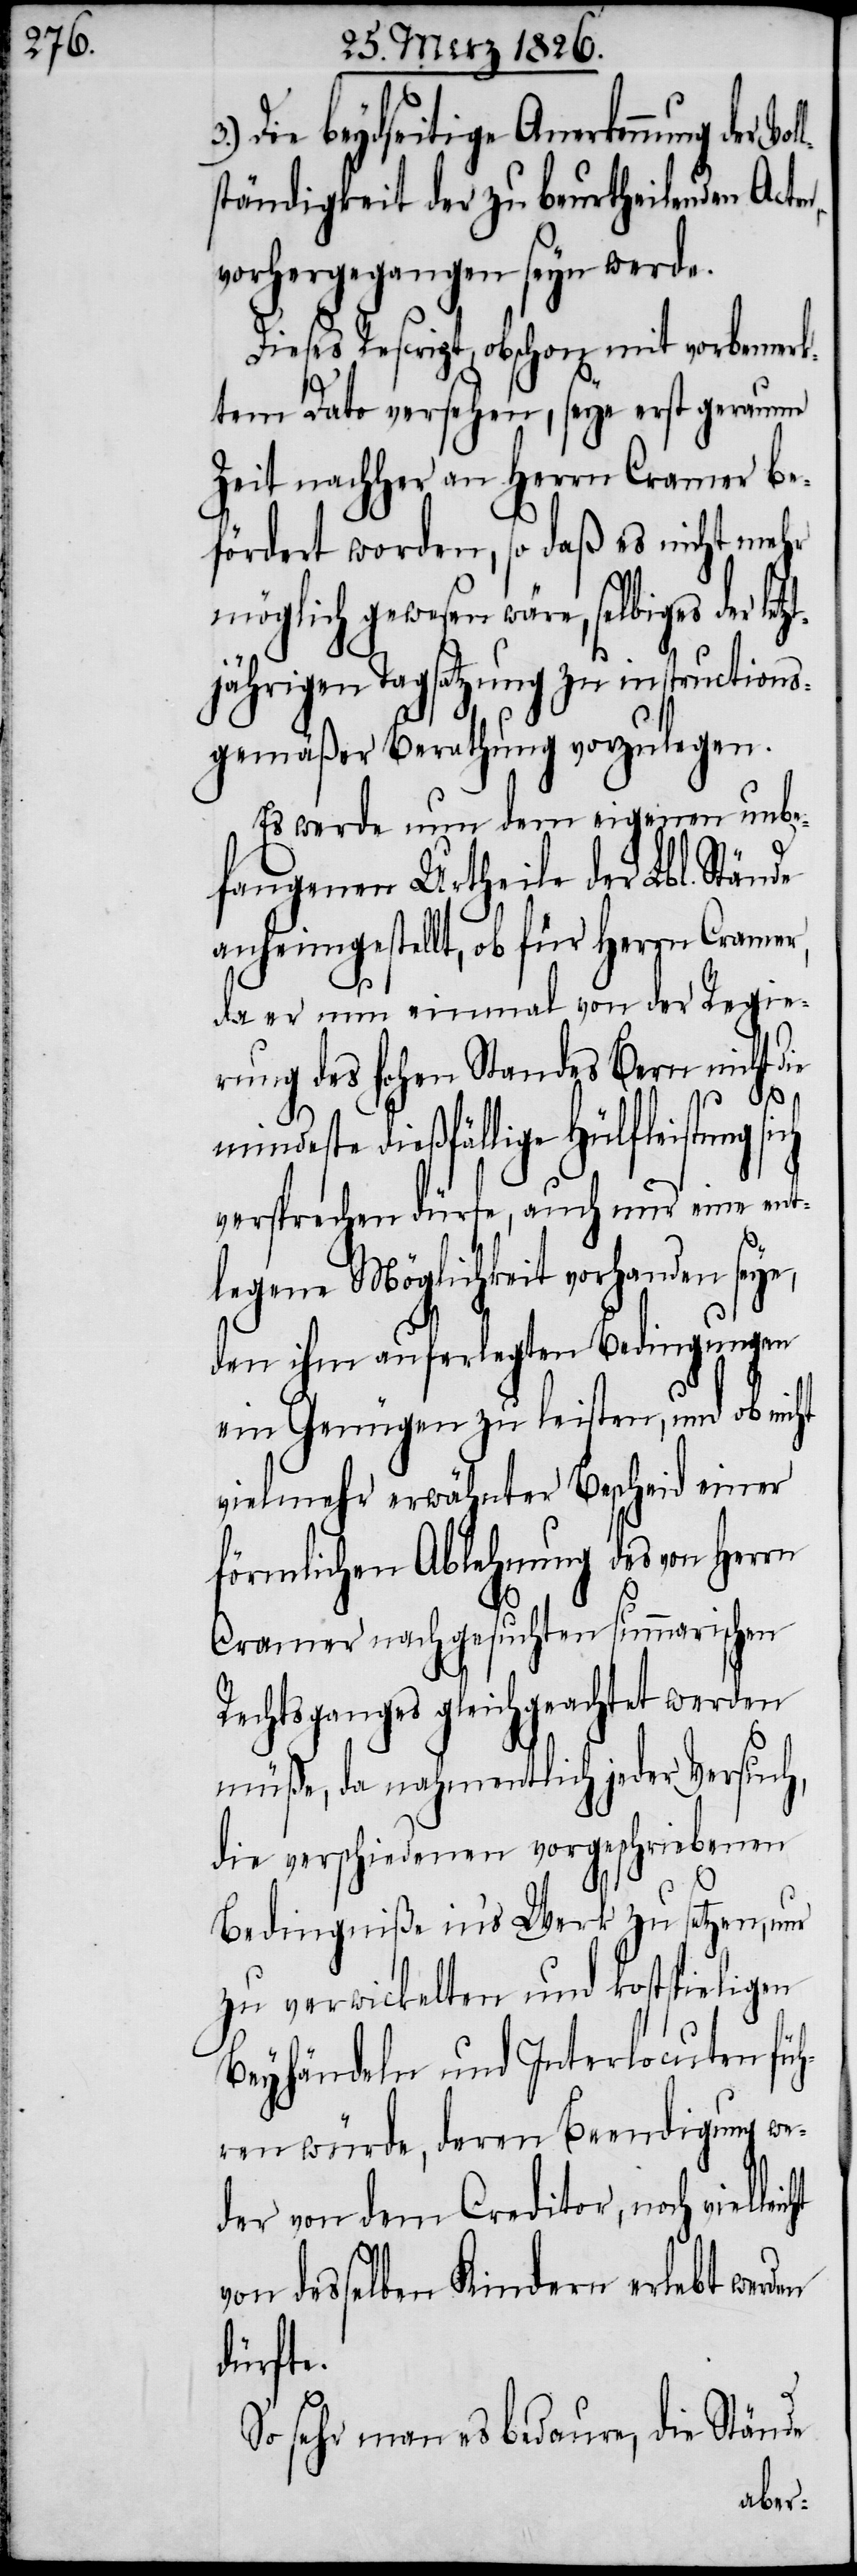
Die beydseitige Anerkennung d¬
ständigkeit der zu beurtheilenden Acte¬
vorhergegangen seyn werde.
Dieses Rescript, obschon mit vorbemerk¬
tem Dato versehen, seye erst geraume
Zeit nachher an Herrn Cramer be¬
fördert worden, so daß es nicht mehr
möglich gewesen wäre, selbiges der letz¬
tjährigen Tagsatzung zu instructions¬
gemäßer Berathung vorzulegen.
Es werde nun dem eigenen unbe¬
fangenen Urtheile der Lbl. Stände
anheimgestellt, ob für Herrn Cramer,
da er nun einmal von der Regie¬
rung des hohen Standes Bern nicht die
hriebenen
mindeste dießfällige Hülfleistung
versprechen dürfe, auch nur eine ent¬
legene Möglichkeit vorhanden seye,
den ihm auferlegten Bedingungen
ein Genügen zu leisten, und ob nicht
vielmehr erwähnter Bescheid einer
förmlichen Ablehnung des von Herrn
Cramer nachgesuchten summarischen
Rechtsganges gleichgeachtet werden
müße, da nahmentlich jeder vorgesc¬
Bedingniße in’s Werk zu setzen, nur
zu verwickelten und kostspieligen
Beyhändeln und Interlocuten füh¬
ren würde, deren Beendigung we¬
der von dem Creditor, noch
von desselben Kindern erlebt werden
dürfte.
So sehr man es bedaure, die Stände